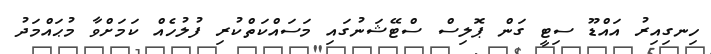
ހިނގިއިރު އައްޑޫ ސިޓީ ގަން ޕޮލިސް ސްޓޭޝަނުގައި މަސައްކަތްކުރި ފުލުހެއް ކަމަށްވާ މުޙައްމަދު